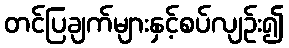
တင်ပြချက်များနှင့်စပ်လျဉ်း၍